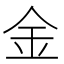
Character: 金